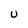
Character: U